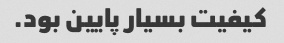
کیفیت بسیار پایین بود.